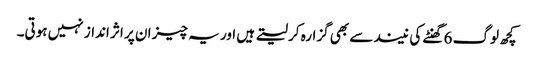
کچھ لوگ 6 گھنٹے کی نیند سے بھی گزارہ کر لیتے ہیں اور یہ چیز ان پر اثر انداز نہیں ہوتی۔